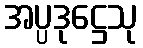
အပ္ပဒုဋ္ဌေသု